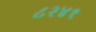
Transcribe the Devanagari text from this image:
८२४१